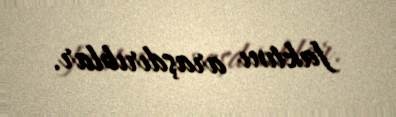
faktını araşdırıblar.